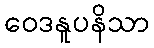
ဝေဒနူပနိသာ